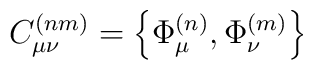
C^{(nm)}_{\mu\nu} = \left\{ \Phi^{(n)}_{\mu} , \Phi^{(m)}_{\nu}\right\}